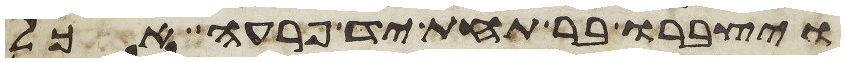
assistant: ויצברו בר תחת יד פרעה אכל